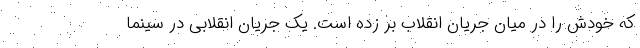
که خودش را در میان جریان انقلاب بُر زده است. یک جریان انقلابی در سینما